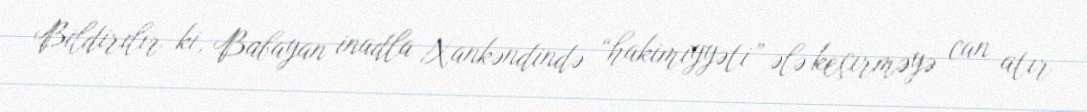
Bildirilir ki, Babayan inadla Xankəndində “hakimiyyəti” ələ keçirməyə can atır